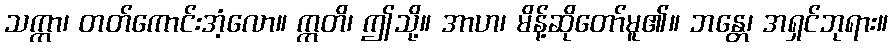
သက္ကာ၊ တတ်ကောင်းအံ့လော။ ဣတိ၊ ဤသို့။ အာဟ၊ မိန့်ဆိုတော်မူ၏။ ဘန္တေ၊ အရှင်ဘုရား။